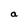
Character: a